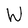
Character: W